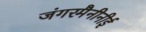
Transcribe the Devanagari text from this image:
जंगरमैनीनीई